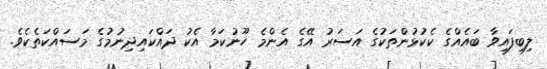
ލިބިފައިވާ ބައެއްގެ ކެކުޅުންތަކުގެ އަސަރު އޭގެ އެންމެ ހޫނުކަމާ އެކު ދައްކައިދިނުމުގެ މަސައްކަތެކެވެ.